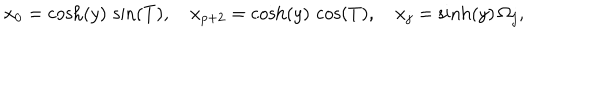
x _ { 0 } = \cosh ( y ) \, \sin ( T ) , \, \, \, \, \, \, x _ { p + 2 } = \cosh ( y ) \, \cos ( T ) , \, \, \, \, \, \, x _ { j } = \sinh ( y ) \, \Omega _ { j } ,